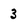
Character: 3